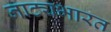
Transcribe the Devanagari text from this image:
नाट्यभारत